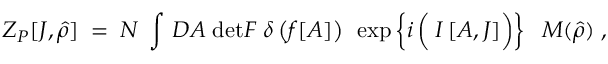
Z _ { P } [ { \cal J } , \hat { \rho } ] \; = \; { \cal N } \; \int \, { \cal D } { \cal A } \; \mathrm { d e t } { \cal F } \; \delta \left( f [ { \cal A } ] \right) \; \, \exp \left\{ i \left( \frac { } { } I \left[ { \cal A } , { \cal J } \right] \right) \right\} \; \; { \cal M } ( \hat { \rho } ) \; ,